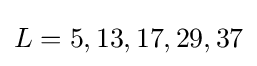
L=5,13,17,29,37